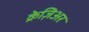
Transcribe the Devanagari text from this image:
क्रेज़िअर